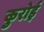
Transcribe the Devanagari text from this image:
कुरोई